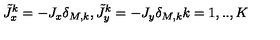
\tilde { J } _ { x } ^ { k } = - J _ { x } \delta _ { M , k } , \tilde { J } _ { y } ^ { k } = - J _ { y } \delta _ { M , k } k = 1 , . . , K